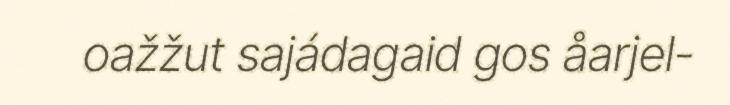
oažžut sajádagaid gos åarjel-